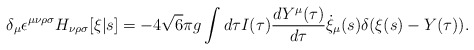
\begin{align*}\delta_\mu \epsilon^{\mu\nu\rho\sigma} H_{\nu\rho\sigma}[\xi|s] = -4 \sqrt{6} \pi g \int d\tau I(\tau) \frac{d Y^\mu(\tau)}{d\tau} \dot{\xi}_\mu(s) \delta(\xi(s) - Y(\tau)).\end{align*}